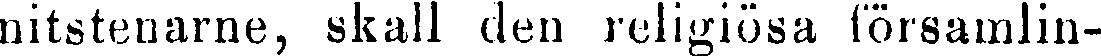
nitstenarne, skall den religiösa församlin-